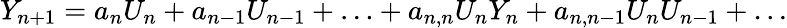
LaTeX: Y_{n+1}=a_{n}U_{n}+a_{n-1}U_{n-1}+\ldots+a_{n,n}U_{n}Y_{n}+a_{n,n-1}U_{n}U_{n-1}+\ldots